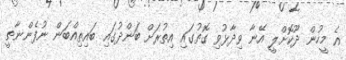
އެ މީހުން ދޫކޮށްލީ އޭނާ ވިދާޅުވި ގޮތުގައި އިތުރަށް ބަންދުގައި ބައިތިއްބަން ނުފެންނާތީ